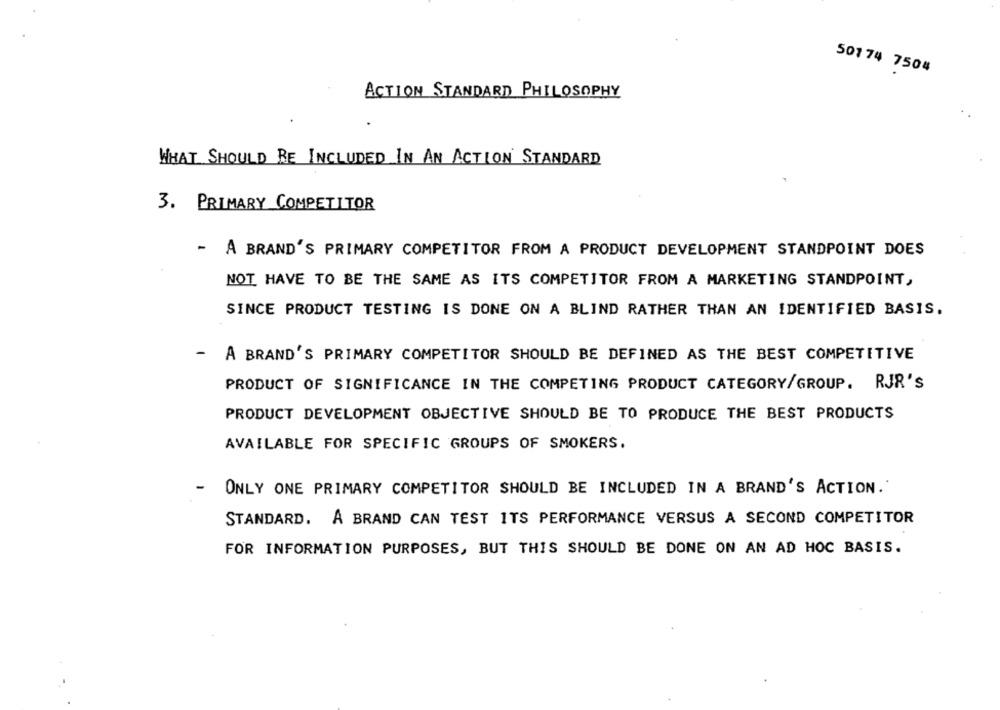
50174 7504
ACTION STANDARD PHILOSOPHY
WHAT SHOULD BE INCLUDED IN AN ACTION STANDARD
3. PRIMARY COMPETITOR
- A BRAND'S PRIMARY COMPETITOR FROM A PRODUCT DEVELOPMENT STANDPOINT DOES
NOT HAVE TO BE THE SAME AS ITS COMPETITOR FROM A MARKETING STANDPOINT,
SINCE PRODUCT TESTING IS DONE ON A BLIND RATHER THAN AN IDENTIFIED BASIS.
-
A BRAND'S PRIMARY COMPETITOR SHOULD BE DEFINED AS THE BEST COMPETITIVE
PRODUCT OF SIGNIFICANCE IN THE COMPETING PRODUCT CATEGORY/GROUP. RJR'S
PRODUCT DEVELOPMENT OBJECTIVE SHOULD BE TO PRODUCE THE BEST PRODUCTS
AVAILABLE FOR SPECIFIC GROUPS OF SMOKERS.
-
ONLY ONE PRIMARY COMPETITOR SHOULD BE INCLUDED IN A BRAND'S ACTION.'
STANDARD. A BRAND CAN TEST ITS PERFORMANCE VERSUS A SECOND COMPETITOR
FOR INFORMATION PURPOSES, BUT THIS SHOULD BE DONE ON AN AD HOC BASIS.